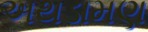
અથડામણ